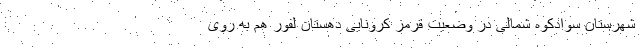
شهرستان سوادکوه شمالی در وضعیت قرمز کرونایی دهستان لفور هم به روی